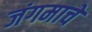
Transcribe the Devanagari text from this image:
जंगमाचे